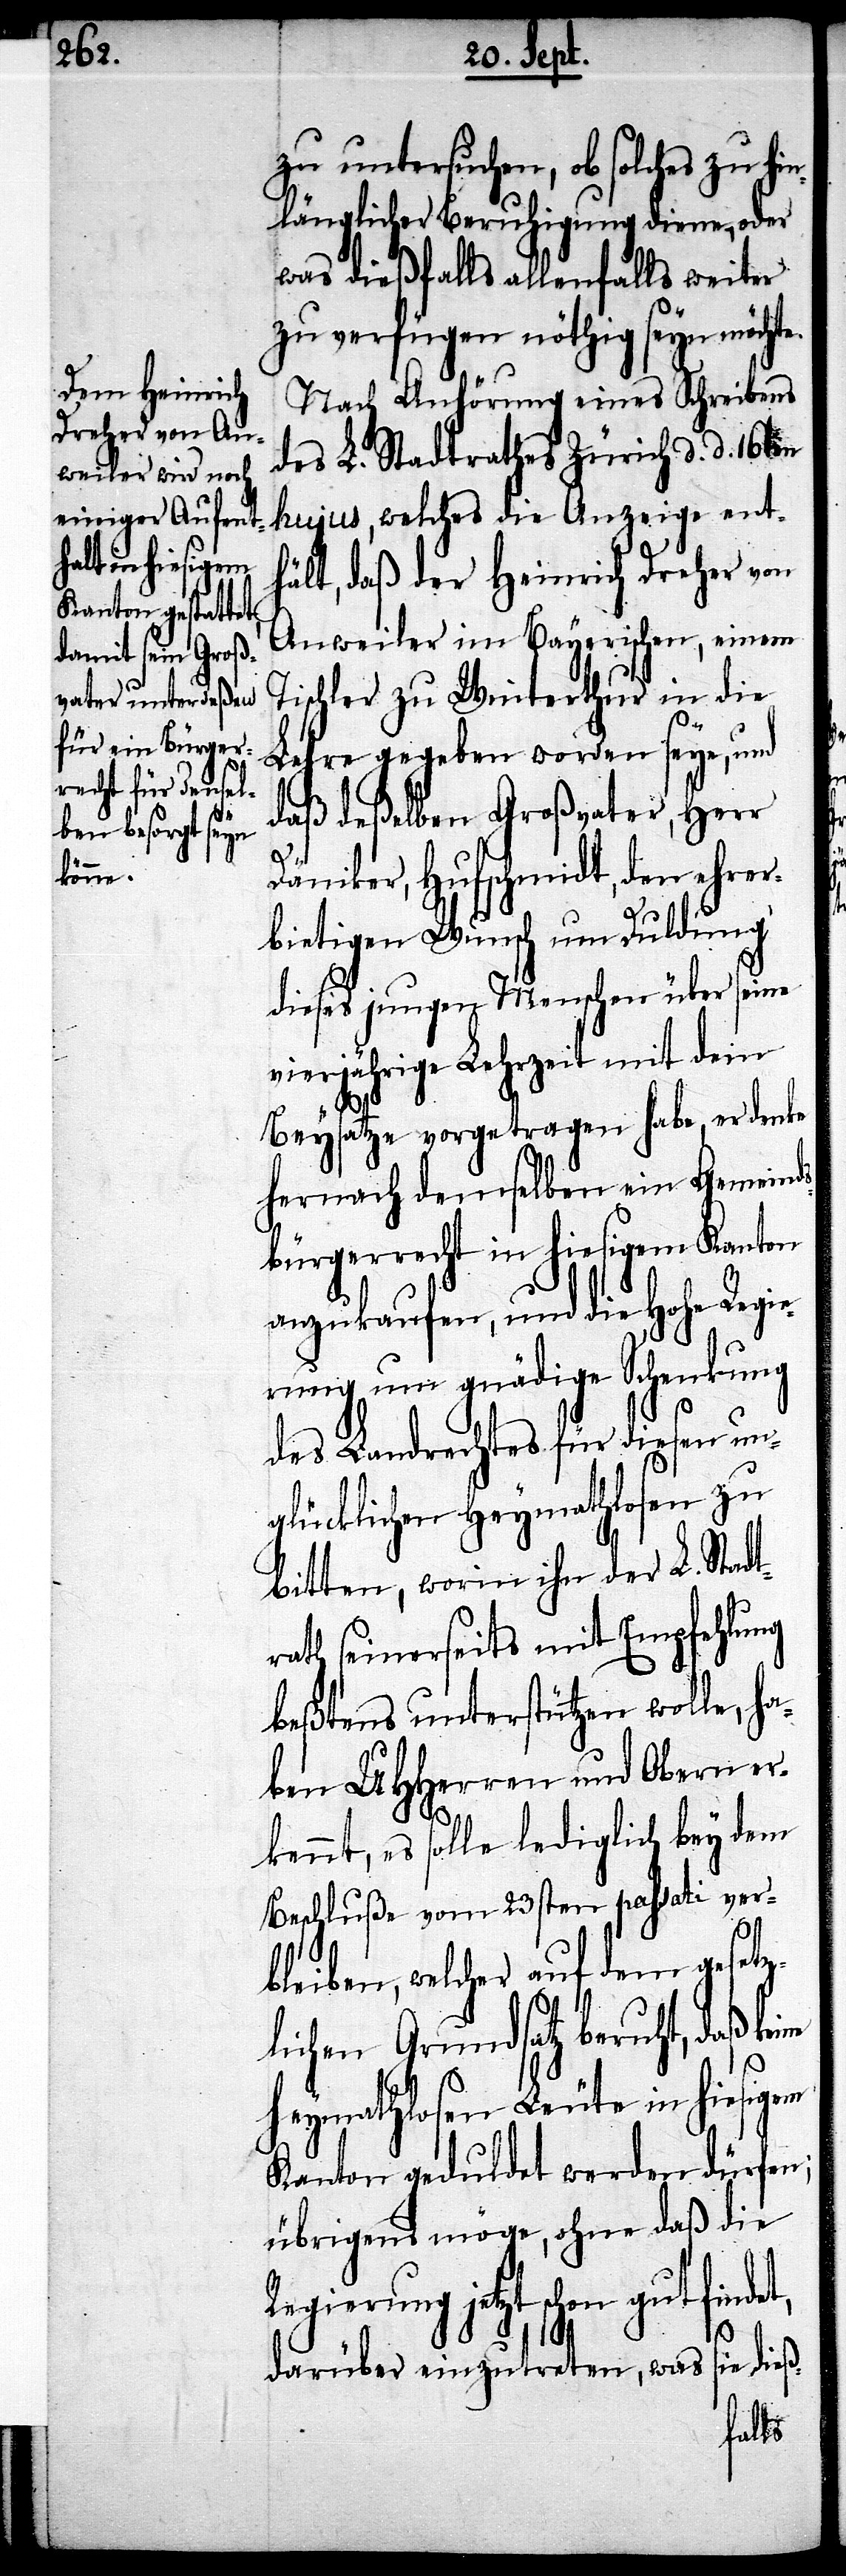
zu untersuchen, ob solches zu h¬
inlänglicher Beruhigung diene, oder
was dießfalls allenfalls weiter
zu verfügen nöthig seyn möchte.
Nach Anhörung eines Schreibens
des L. Stadtrathes Zürich d. d. 16ten
hujus, welches die Anzeige ent¬
hält, daß der Heinrich Dreher von
Anweiler im Bayerischen, einem
Tischler zu Winterthur in die
Lehre gegeben worden seye, und
daß deßelben Großvater, Herr
Däniker, Hufschmidt, den ehrer¬
bietigen Wunsch um Duldung
dieses jungen Menschen über seine
vierjährige Lehrzeit mit dem
si¬
Beysatze vorgetragen habe, er denke
hernach demselben ein Gemeind¬
sbürgerrecht in hiesigem Kanton
anzukaufen, und die hohe Regie¬
rung um gnädige Schenkung
des Landrechtes für diesen
glücklichen Heymathlosen zu
bitten, worin ihn der L. Stadt¬
rath seinerseits mit Empfehlung
beßtens unterstützen wolle, ha¬
ben UHHerren und Obern er¬
kennt, es solle lediglich bey dem
Beschluße vom 23sten passati ver¬
bleiben, welcher auf dem gesetz¬
lichen Grundsatz beruht, daß
Heymathlosen Leute in hiesigem
Kanton geduldet werden dürfen;
übrigens möge, ohne daß die
Regierung jetzt schon gut finde¬
e dieß-
darüber einzutreten, was